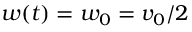
w ( t ) = w _ { 0 } = v _ { 0 } / 2